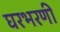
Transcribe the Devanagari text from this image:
घरभरणी